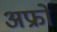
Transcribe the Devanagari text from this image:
अफ्रो